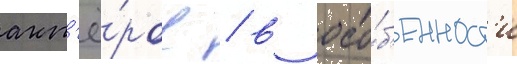
акт'ё́ров / в осо́б'енност'и